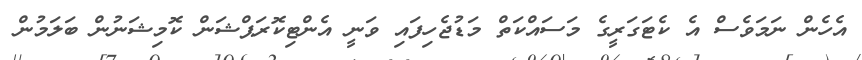
އެހެން ނަމަވެސް އެ ކެޓަގަރީގެ މަސައްކަތް މަޑުޖެހިފައި ވަނީ އެންޓިކޮރަޕްޝަން ކޮމިޝަނުން ބަލަމުން